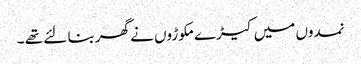
نمدوں میں کیڑے مکوڑوں نے گھربنا لئے تھے ۔